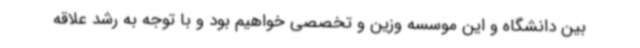
بین دانشگاه و این موسسه وزین و تخصصی خواهیم بود و با توجه به رشد علاقه